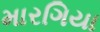
મારગિયા